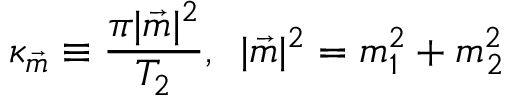
\kappa _ { \vec { m } } \equiv \frac { \pi | { \vec { m } } | ^ { 2 } } { T _ { 2 } } , \, \, \, | { \vec { m } } | ^ { 2 } = m _ { 1 } ^ { 2 } + m _ { 2 } ^ { 2 }